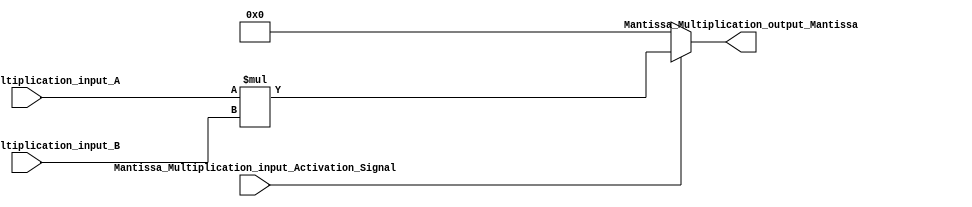
// Copyright 2023 MERL-DSU

// Licensed under the Apache License, Version 2.0 (the "License"); you may not use 
// this file except in compliance with the License. You may obtain a copy of the License at

//   http://www.apache.org/licenses/LICENSE-2.0

// Unless required by applicable law or agreed to in writing, software distributed under the 
// License is distributed on an "AS IS" BASIS, WITHOUT WARRANTIES OR CONDITIONS OF ANY KIND, 
// either express or implied. See the License for the specific language governing permissions  

module FMADD_Mantissa_Multiplication (Mantissa_Multiplication_input_A,Mantissa_Multiplication_input_B,Mantissa_Multiplication_input_Activation_Signal,Mantissa_Multiplication_output_Mantissa);
parameter man = 22;
parameter exp = 7;

//declaration of inputs ports
input [man+1:0] Mantissa_Multiplication_input_A,Mantissa_Multiplication_input_B;
input Mantissa_Multiplication_input_Activation_Signal;

//declaration of output ports
output [man+man+3:0] Mantissa_Multiplication_output_Mantissa;

//main functionality
assign Mantissa_Multiplication_output_Mantissa = (Mantissa_Multiplication_input_Activation_Signal) ? Mantissa_Multiplication_input_A * Mantissa_Multiplication_input_B: {2{{2'b00, {man{1'b0}}}}};

endmodule